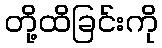
တို့ထိခြင်းကို